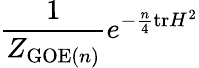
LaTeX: {\frac{1}{Z_{{\mathrm{GOE}}(n)}}}e^{-{\frac{n}{4}}\mathrm{tr}H^{2}}